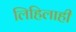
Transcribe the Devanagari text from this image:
लिहिलाही